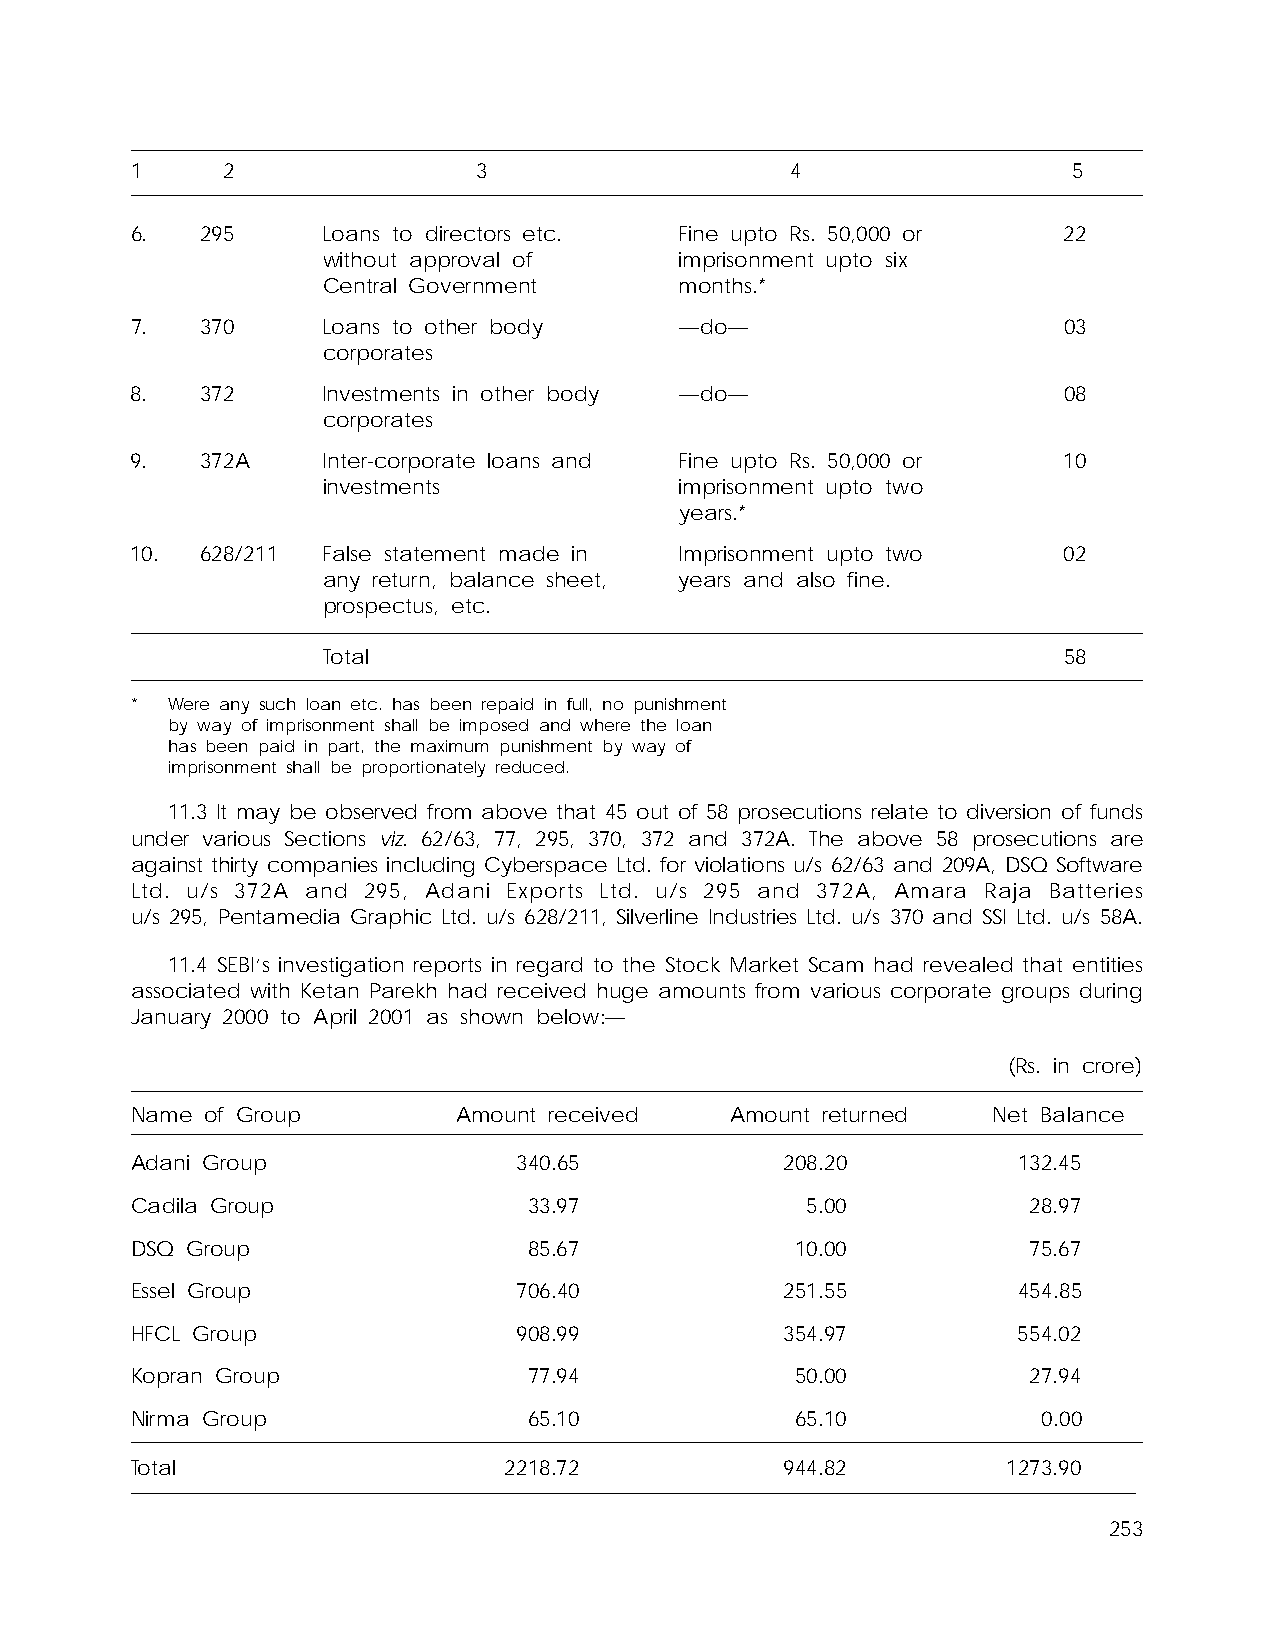
1     2                3                   4                  5
 6.  295     Loans to directors etc. Fine upto Rs. 50,000 or  22
 without approval of     imprisonment upto six
 Central Government      months.*
 7.  370     Loans to other body     —do—                     03
 corporates
 8.  372     Investments in other body —do—                   08
 corporates
 9.  372A    Inter-corporate loans and Fine upto Rs. 50,000 or 10
 investments             imprisonment upto two
 years.*
 10. 628/211 False statement made in Imprisonment upto two    02
 any return, balance sheet, years and also fine.
 prospectus, etc.
 Total                                            58
 * Were any such loan etc. has been repaid in full, no punishment
 by way of imprisonment shall be imposed and where the loan
 has been paid in part, the maximum punishment by way of
 imprisonment shall be proportionately reduced.
 11.3 It may be observed from above that 45 out of 58 prosecutions relate to diversion of funds
 under various Sections viz. 62/63, 77, 295, 370, 372 and 372A. The above 58 prosecutions are
 against thirty companies including Cyberspace Ltd. for violations u/s 62/63 and 209A, DSQ Software
 Ltd. u/s 372A and 295, Adani Exports Ltd. u/s 295 and 372A, Amara Raja Batteries
 u/s 295, Pentamedia Graphic Ltd. u/s 628/211, Silverline Industries Ltd. u/s 370 and SSI Ltd. u/s 58A.
 11.4 SEBI’s investigation reports in regard to the Stock Market Scam had revealed that entities
 associated with Ketan Parekh had received huge amounts from various corporate groups during
 January 2000 to April 2001 as shown below:—
 (Rs. in crore)
 Name of Group        Amount received   Amount returned   Net Balance
 Adani Group              340.65            208.20         132.45
 Cadila Group              33.97             5.00           28.97
 DSQ Group                 85.67             10.00          75.67
 Essel Group              706.40            251.55         454.85
 HFCL Group               908.99            354.97         554.02
 Kopran Group              77.94             50.00          27.94
 Nirma Group               65.10             65.10           0.00
 Total                   2218.72            944.82         1273.90
 253